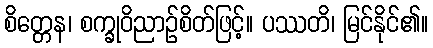
စိတ္တေန၊ စက္ခုဝိညာဉ်စိတ်ဖြင့်။ ပဿတိ၊ မြင်နိုင်၏။